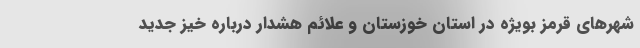
شهرهای قرمز بویژه در استان خوزستان و علائم هشدار درباره خیز جدید